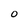
Character: 0